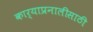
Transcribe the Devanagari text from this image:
कार्याप्रनालीसाठी